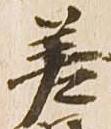
差